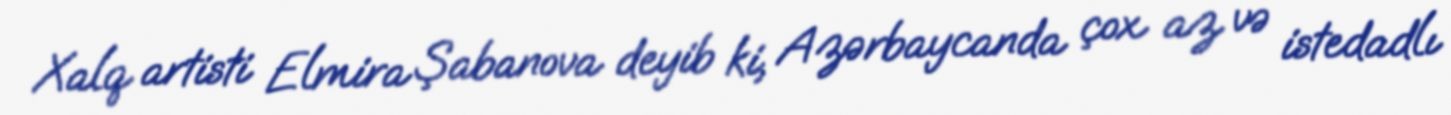
Xalq artisti Elmira Şabanova deyib ki, Azərbaycanda çox az və istedadlı